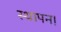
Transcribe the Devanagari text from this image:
स्थापन।